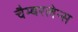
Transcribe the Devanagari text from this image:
चैम्बरलेन्स